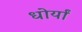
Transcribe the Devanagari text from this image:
धोर्यां